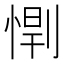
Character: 𫺥